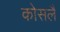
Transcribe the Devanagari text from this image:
कोसलै